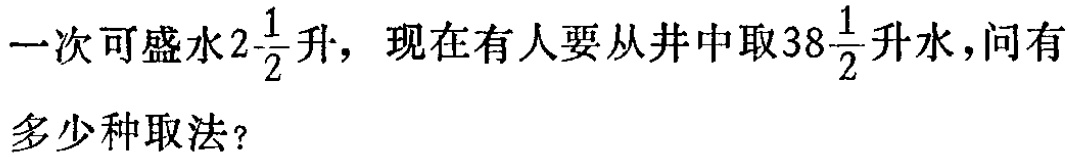
一次可盛水\(2\frac{1}{2}\)升，现在有人要从井中取\(38\frac{1}{2}\)升水，问有多少种取法？